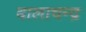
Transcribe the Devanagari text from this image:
बालाचन्द्र